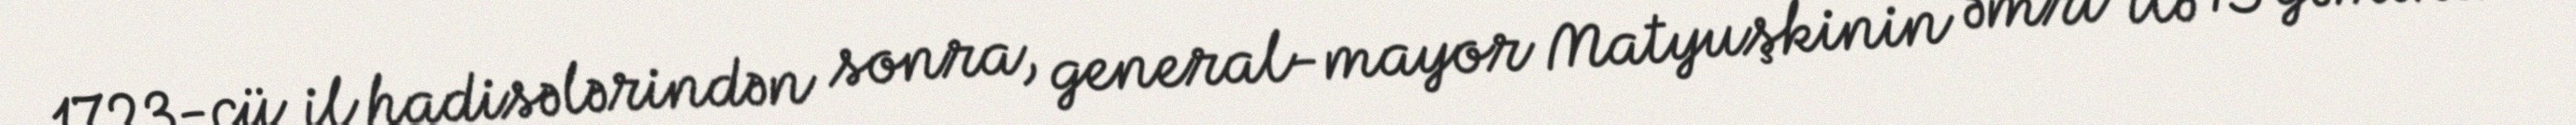
1723-cü il hadisələrindən sonra, general-mayor Matyuşkinin əmri ilə 15 gəminin